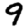
Digit: 9